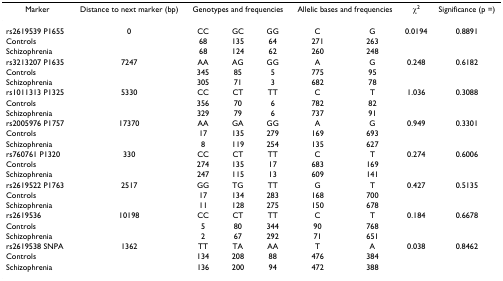
<table><thead><tr><td><b>Marker</b></td><td><b>Distance to next marker (bp)</b></td><td colspan="3"><b>Genotypes and frequencies</b></td><td colspan="2"><b>Allelic bases and frequencies</b></td><td><b>χ<sup>2</sup></b></td><td><b>Significance (p =)</b></td></tr></thead><tbody><tr><td>rs2619539 P1655</td><td>0</td><td>CC</td><td>GC</td><td>GG</td><td>C</td><td>G</td><td>0.0194</td><td>0.8891</td></tr><tr><td>Controls</td><td></td><td>68</td><td>135</td><td>64</td><td>271</td><td>263</td><td></td><td></td></tr><tr><td>Schizophrenia</td><td></td><td>68</td><td>124</td><td>62</td><td>260</td><td>248</td><td></td><td></td></tr><tr><td>rs3213207 P1635</td><td>7247</td><td>AA</td><td>AG</td><td>GG</td><td>A</td><td>G</td><td>0.248</td><td>0.6182</td></tr><tr><td>Controls</td><td></td><td>345</td><td>85</td><td>5</td><td>775</td><td>95</td><td></td><td></td></tr><tr><td>Schizophrenia</td><td></td><td>305</td><td>71</td><td>3</td><td>682</td><td>78</td><td></td><td></td></tr><tr><td>rs1011313 P1325</td><td>5330</td><td>CC</td><td>CT</td><td>TT</td><td>C</td><td>T</td><td>1.036</td><td>0.3088</td></tr><tr><td>Controls</td><td></td><td>356</td><td>70</td><td>6</td><td>782</td><td>82</td><td></td><td></td></tr><tr><td>Schizophrenia</td><td></td><td>329</td><td>79</td><td>6</td><td>737</td><td>91</td><td></td><td></td></tr><tr><td>rs2005976 P1757</td><td>17370</td><td>AA</td><td>GA</td><td>GG</td><td>A</td><td>G</td><td>0.949</td><td>0.3301</td></tr><tr><td>Controls</td><td></td><td>17</td><td>135</td><td>279</td><td>169</td><td>693</td><td></td><td></td></tr><tr><td>Schizophrenia</td><td></td><td>8</td><td>119</td><td>254</td><td>135</td><td>627</td><td></td><td></td></tr><tr><td>rs760761 P1320</td><td>330</td><td>CC</td><td>CT</td><td>TT</td><td>C</td><td>T</td><td>0.274</td><td>0.6006</td></tr><tr><td>Controls</td><td></td><td>274</td><td>135</td><td>17</td><td>683</td><td>169</td><td></td><td></td></tr><tr><td>Schizophrenia</td><td></td><td>247</td><td>115</td><td>13</td><td>609</td><td>141</td><td></td><td></td></tr><tr><td>rs2619522 P1763</td><td>2517</td><td>GG</td><td>TG</td><td>TT</td><td>G</td><td>T</td><td>0.427</td><td>0.5135</td></tr><tr><td>Controls</td><td></td><td>17</td><td>134</td><td>283</td><td>168</td><td>700</td><td></td><td></td></tr><tr><td>Schizophrenia</td><td></td><td>11</td><td>128</td><td>275</td><td>150</td><td>678</td><td></td><td></td></tr><tr><td>rs2619536</td><td>10198</td><td>CC</td><td>CT</td><td>TT</td><td>C</td><td>T</td><td>0.184</td><td>0.6678</td></tr><tr><td>Controls</td><td></td><td>5</td><td>80</td><td>344</td><td>90</td><td>768</td><td></td><td></td></tr><tr><td>Schizophrenia</td><td></td><td>2</td><td>67</td><td>292</td><td>71</td><td>651</td><td></td><td></td></tr><tr><td>rs2619538 SNPA</td><td>1362</td><td>TT</td><td>TA</td><td>AA</td><td>T</td><td>A</td><td>0.038</td><td>0.8462</td></tr><tr><td>Controls</td><td></td><td>134</td><td>208</td><td>88</td><td>476</td><td>384</td><td></td><td></td></tr><tr><td>Schizophrenia</td><td></td><td>136</td><td>200</td><td>94</td><td>472</td><td>388</td><td></td><td></td></tr></tbody></table>